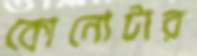
কোনোটার